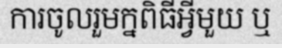
ការចូលរួមក្នពិធីអ្វីមួយ ឬ